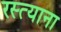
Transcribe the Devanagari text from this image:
रस्त्याना